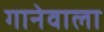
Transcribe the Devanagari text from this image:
गानेवाला